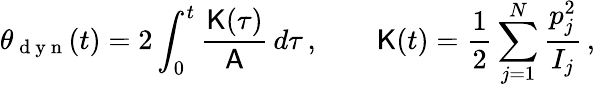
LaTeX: \theta_{\mathrm{~d~y~n~}}(t)=2\int_{0}^{t}\frac{\mathsf{K}(\tau)}{\mathsf{A}}\, d\tau\, ,\qquad\mathsf{K}(t)=\frac{1}{2}\sum_{j=1}^{N}\frac{p_{j}^{2}}{I_{j}}\, ,